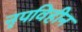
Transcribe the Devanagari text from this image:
नृपविहीन